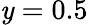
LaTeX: \mathit{y}=0.5